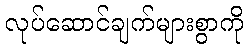
လုပ်ဆောင်ချက်များစွာကို